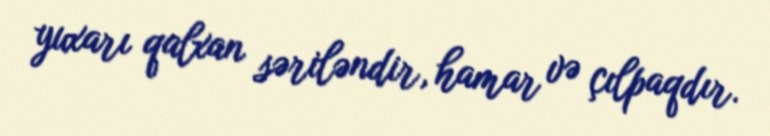
yuxarı qalxan səriləndir, hamar və çılpaqdır.